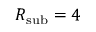
R _ { \mathrm { s u b } } = 4